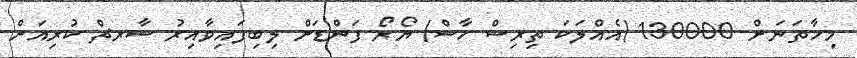
މިހާތަނަށް 130000 (އެއްލަކަ ތިރިސް ހާސް) ޔޯރޯ ފަންޑަށް ލިބިފައިވާއިރު ސާރޗް ކުރިއަށް